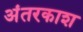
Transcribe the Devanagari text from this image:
अंतरकाश